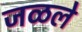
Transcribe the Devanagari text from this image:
जळले